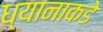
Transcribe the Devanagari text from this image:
ध्यानाकडे